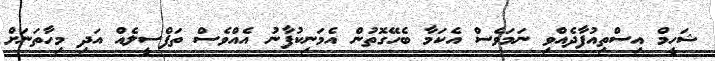
ޝަހީމް އިސްތިއުފާދެއްވި ނަމަވެސް އެކަމާ ބެހޭގޮތުން އެމަނިކުފާނު އެއްވެސް ތަފްސީލެއް އަދި މިހާތަނަށް